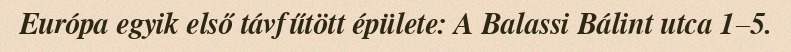
Európa egyik első távfűtött épülete: A Balassi Bálint utca 1–5.